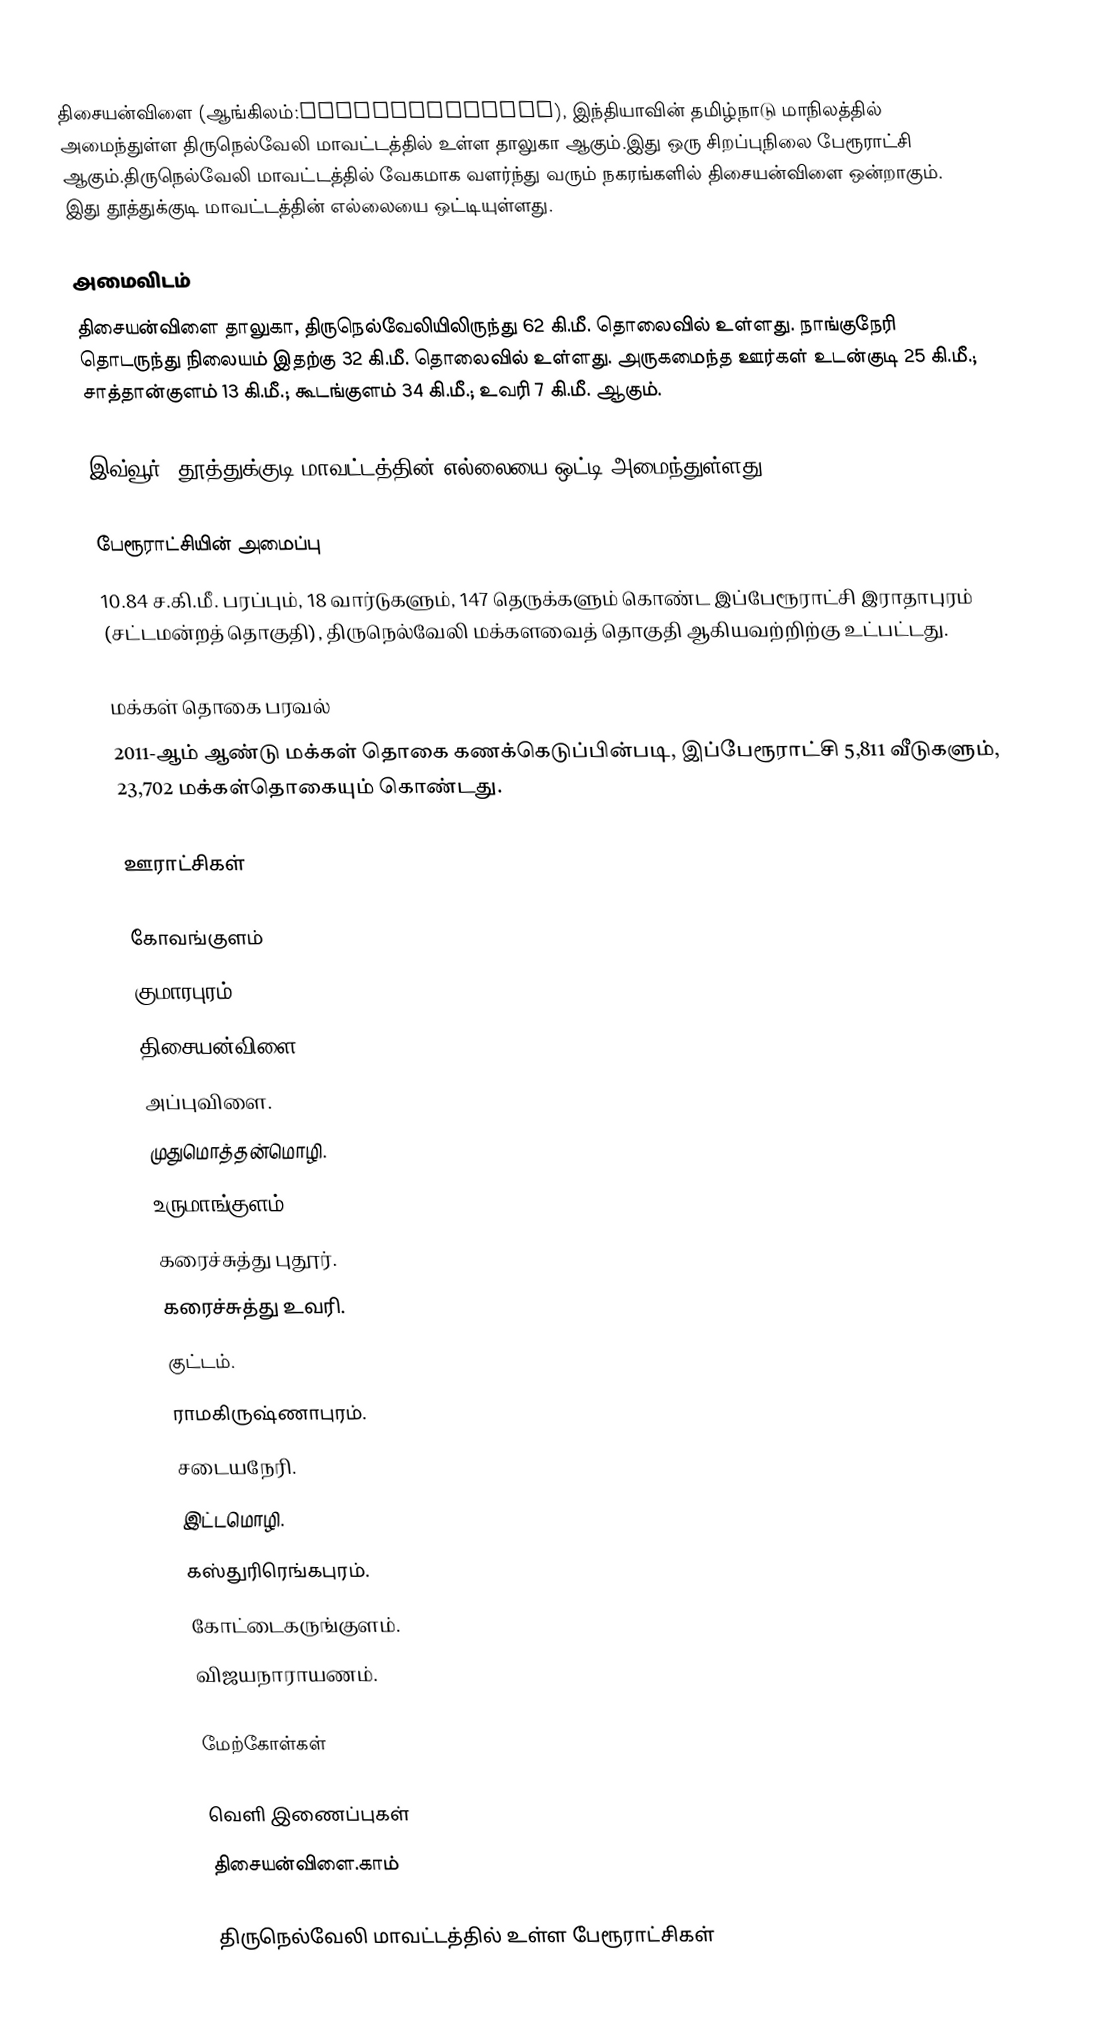
திசையன்விளை (ஆங்கிலம்:Thisaiyanvilai), இந்தியாவின் தமிழ்நாடு மாநிலத்தில் அமைந்துள்ள திருநெல்வேலி மாவட்டத்தில் உள்ள தாலுகா ஆகும்.இது ஒரு சிறப்புநிலை பேரூராட்சி ஆகும்.திருநெல்வேலி மாவட்டத்தில் வேகமாக வளர்ந்து வரும் நகரங்களில் திசையன்விளை ஒன்றாகும். இது தூத்துக்குடி மாவட்டத்தின் எல்லையை ஒட்டியுள்ளது.

அமைவிடம்
திசையன்விளை தாலுகா, திருநெல்வேலியிலிருந்து  62 கி.மீ. தொலைவில் உள்ளது. நாங்குநேரி தொடருந்து நிலையம் இதற்கு 32 கி.மீ. தொலைவில் உள்ளது. அருகமைந்த ஊர்கள் உடன்குடி 25 கி.மீ.; சாத்தான்குளம் 13 கி.மீ.; கூடங்குளம் 34 கி.மீ.; உவரி 7 கி.மீ. ஆகும்.

இவ்வூர், தூத்துக்குடி மாவட்டத்தின் எல்லையை ஒட்டி அமைந்துள்ளது.

பேரூராட்சியின் அமைப்பு
10.84 ச.கி.மீ. பரப்பும், 18  வார்டுகளும், 147 தெருக்களும் கொண்ட இப்பேரூராட்சி  இராதாபுரம் (சட்டமன்றத் தொகுதி), திருநெல்வேலி மக்களவைத் தொகுதி ஆகியவற்றிற்கு உட்பட்டது.

மக்கள் தொகை பரவல்
2011-ஆம் ஆண்டு மக்கள் தொகை கணக்கெடுப்பின்படி,  இப்பேரூராட்சி 5,811 வீடுகளும், 23,702 மக்கள்தொகையும் கொண்டது.

ஊராட்சிகள்

கோவங்குளம்
குமாரபுரம்.
திசையன்விளை.
அப்புவிளை.
முதுமொத்தன்மொழி.
உருமாங்குளம்.
கரைச்சுத்து புதூர்.
கரைச்சுத்து உவரி.
குட்டம்.
ராமகிருஷ்ணாபுரம்.
சடையநேரி.
இட்டமொழி.
கஸ்துரிரெங்கபுரம்.
கோட்டைகருங்குளம்.
விஜயநாராயணம்.

மேற்கோள்கள்

வெளி இணைப்புகள்
திசையன்விளை.காம்

திருநெல்வேலி மாவட்டத்தில் உள்ள பேரூராட்சிகள்